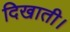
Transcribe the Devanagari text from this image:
दिखाती।